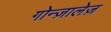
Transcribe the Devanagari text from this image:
गोन्ज़ालेज़